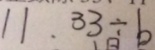
1 1 . 3 3 \div b